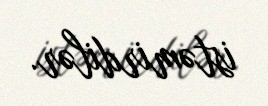
istəmirdilər.